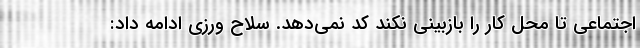
اجتماعی تا محل کار را بازبینی نکند کد نمی‌دهد. سلاح ورزی ادامه داد: